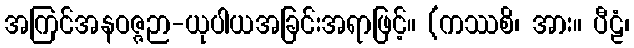
အကြင်အနဝဇ္ဇဉာ-ယုပါယအခြင်းအရာဖြင့်။ (ကဿစိ၊ အား။ ပီဠံ၊